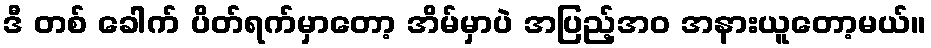
ဒီ တစ် ခေါက် ပိတ်ရက်မှာတော့ အိမ်မှာပဲ အပြည့်အဝ အနားယူတော့မယ်။